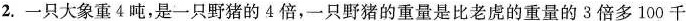
2.一只大象重4吨，是一只野猪的4倍，一只野猪的重量是比老虎的重量的3倍多100千